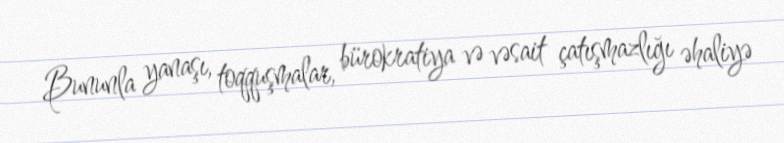
Bununla yanaşı, toqquşmalar, bürokratiya və vəsait çatışmazlığı əhaliyə